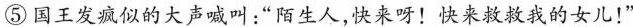
⑤国王发疯似的大声喊叫：”陌生人，快来呀！快来救救我的女儿！”